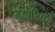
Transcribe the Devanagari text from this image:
मुकाभिनय